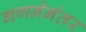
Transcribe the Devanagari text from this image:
गणनेनंतर